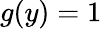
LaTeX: g(y)=1